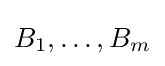
B_{1},\ldots ,B_{m}